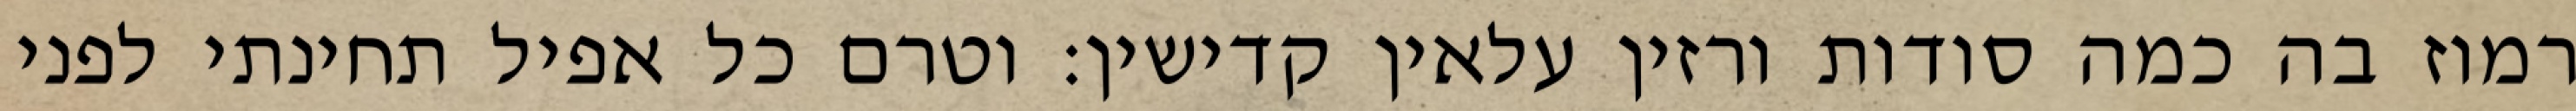
רמוז בה כמה סודות ורזין עלאין קדישין: וטרם כל אפיל תחינתי לפני